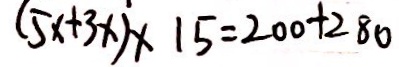
( 5 x + 3 x ) \times 1 5 = 2 0 0 + 2 8 0